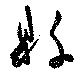
県